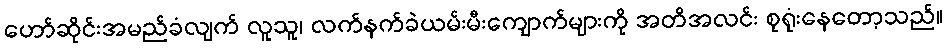
ဟော်ဆိုင်းအမည်ခံလျက် လူသူ၊ လက်နက်ခဲယမ်းမီးကျောက်များကို အတိအလင်း စုရုံးနေတော့သည်။